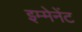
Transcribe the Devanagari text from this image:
इम्मेनेंट